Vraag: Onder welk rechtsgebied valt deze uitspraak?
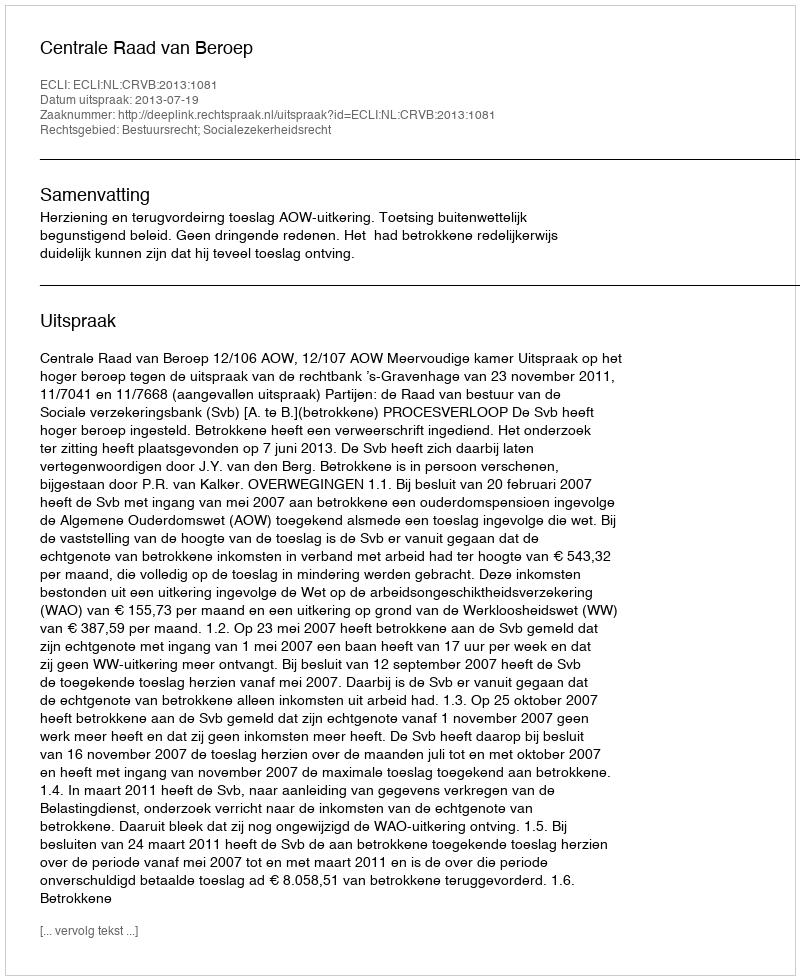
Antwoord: Bestuursrecht; Socialezekerheidsrecht